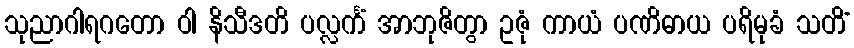
သုညာဂါရဂတော ဝါ နိသီဒတိ ပလ္လင်္ကံ အာဘုဇိတွာ ဥဇုံ ကာယံ ပဏိဓာယ ပရိမုခံ သတိံ